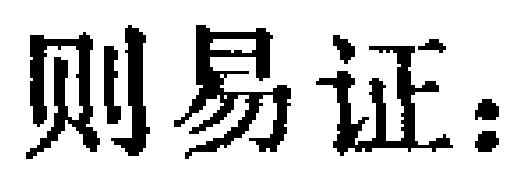
则易证：